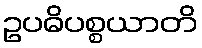
ဥပဓိပစ္စယာတိ